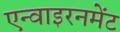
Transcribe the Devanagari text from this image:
एन्वाइरनमेंट